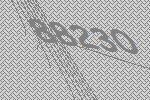
88230